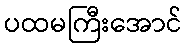
ပထမကြီးအောင်